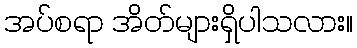
အပ်စရာ အိတ်များရှိပါသလား။